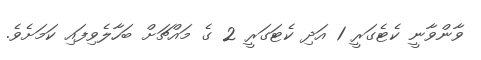
ވާންވާނީ ކެޓެގަރީ 1 އަދި ކެޓަގަރީ 2 ގެ މައްޗަށް ބަހާލެވިފައި ކަމަށެވެ.